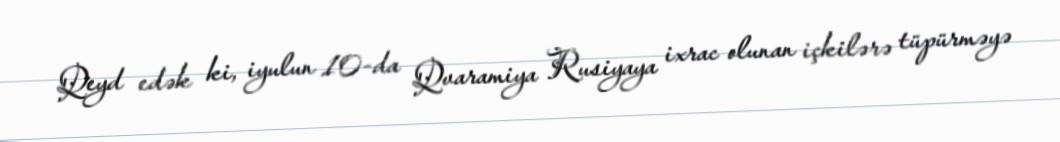
Qeyd edək ki, iyulun 10-da Qvaramiya Rusiyaya ixrac olunan içkilərə tüpürməyə